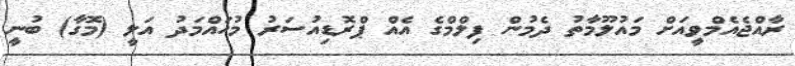
ރާއްޖެއެމްވީއަށް މައުލޫމާތު ދެމުން ފިލްމްގެ އެއް ޕްރޮޑިއުސަރު މުހައްމަދު އަލީ (މޮގާ) ބުނީ